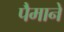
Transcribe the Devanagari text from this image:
पैेमाने